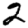
Digit: 2